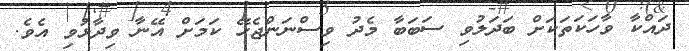
ދައްކާ ވާހަކަތަކަށް ބަދަލުވި ސަބަބާ މެދު ވިސްނަންޖެހޭ ކަމަށް އޭނާ ވިދާޅުވި އެވެ.